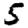
Digit: 5